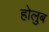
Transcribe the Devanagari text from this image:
होलुब